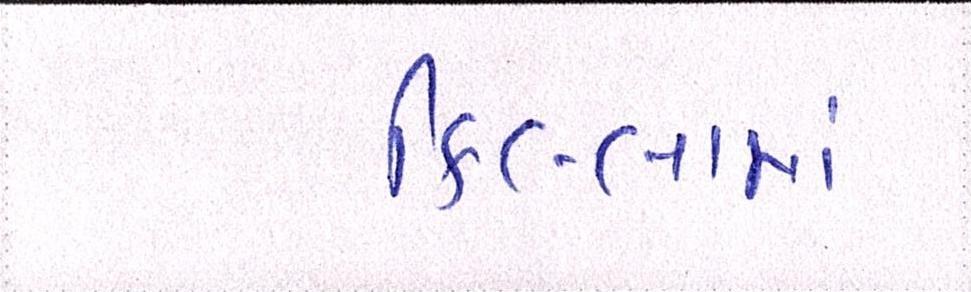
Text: કિલ્લામાં